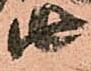
由